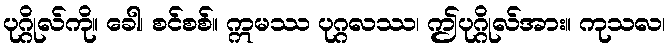
ပုဂ္ဂိုလ်ကို။ ခေါ၊ စင်စစ်။ ဣမဿ ပုဂ္ဂလဿ၊ ဤပုဂ္ဂိုလ်အား။ ကုသလ၊